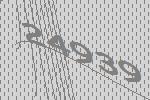
24939